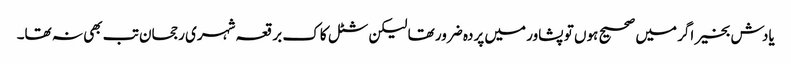
یادش بخیر اگر میں صحیح ہوں تو پشاور میں پردہ ضرور تھا لیکن شٹل کاک برقعہ شہری رجحان تب بھی نہ تھا۔